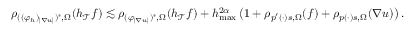
\begin{array} { r } { \begin{array} { r } { \rho _ { ( ( \varphi _ { h } ) _ { \vert \nabla u \vert } ) ^ { * } , \Omega } ( h _ { \mathcal { T } } f ) \lesssim \rho _ { ( \varphi _ { \vert \nabla u \vert } ) ^ { * } , \Omega } ( h _ { \mathcal { T } } f ) + h _ { \operatorname* { m a x } } ^ { 2 \alpha } \, \big ( 1 + \rho _ { p ^ { \prime } ( \cdot ) s , \Omega } ( f ) + \rho _ { p ( \cdot ) s , \Omega } ( \nabla u ) \big ) \, . } \end{array} } \end{array}